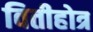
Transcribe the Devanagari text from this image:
वितीहोत्र